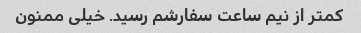
کمتر از نیم ساعت سفارشم رسید. خیلی ممنون